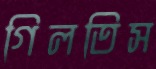
গিলতিস